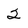
Character: 2